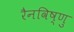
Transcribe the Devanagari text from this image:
रैनविष्णु